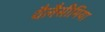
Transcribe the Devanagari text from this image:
थैलैसीमिया